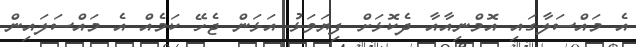
އެ މައްސަލާގައި އޮމްނިއާއާ ދެކޮޅަށް ފިޔަވަޅު އަޅަން ޖެހޭ ކަމެއް އެ މައްސަލައިން